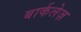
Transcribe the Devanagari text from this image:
बार्कलेज़